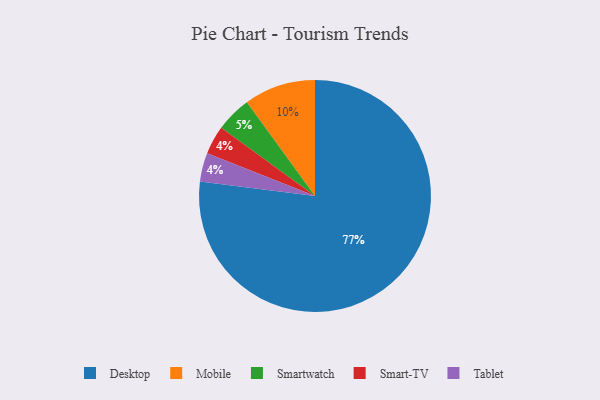
{"axis": {"x": "Category", "y": "Percentage"}, "legend": ["Desktop", "Mobile", "Smart-TV", "Smartwatch", "Tablet"], "data": [{"x": "Smart-TV", "y": 4, "type": "Smart-TV"}, {"x": "Tablet", "y": 4, "type": "Tablet"}, {"x": "Mobile", "y": 10, "type": "Mobile"}, {"x": "Desktop", "y": 77, "type": "Desktop"}, {"x": "Smartwatch", "y": 5, "type": "Smartwatch"}]}